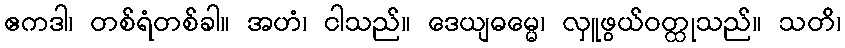
ဧကဒါ၊ တစ်ရံတစ်ခါ။ အဟံ၊ ငါသည်။ ဒေယျဓမ္မေ၊ လှူဖွယ်ဝတ္ထုသည်။ သတိ၊